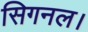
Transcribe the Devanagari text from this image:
सिगनल।